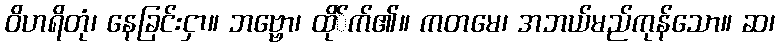
ဝိဟရိတုံ၊ နေခြင်းငှာ။ ဘဗ္ဗော၊ ထို်က်၏။ ကတမေ၊ အဘယ်မည်ကုန်သော။ ဆ၊